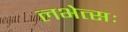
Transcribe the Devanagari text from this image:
लभेत्सः